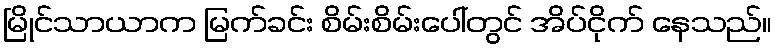
မြိုင်သာယာက မြက်ခင်း စိမ်းစိမ်းပေါ်တွင် အိပ်ငိုက် နေသည်။